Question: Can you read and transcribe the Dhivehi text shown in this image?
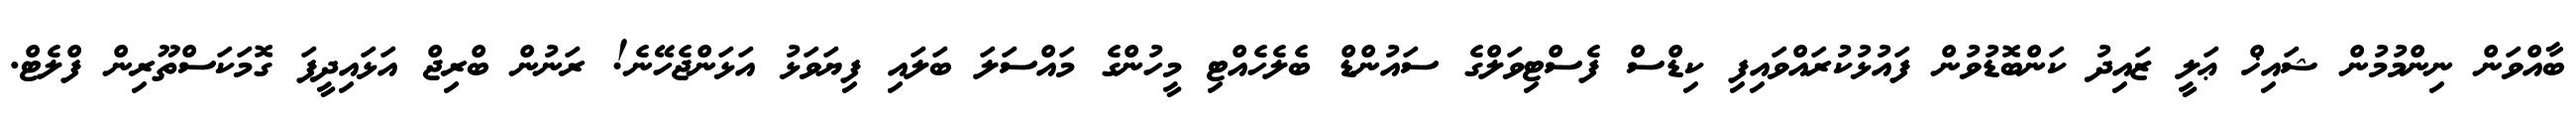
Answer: ބާއްވަން ނިންމުމުން ޝައިޚް ޢަލީ ޒައިދު ކަންބޮޑުވުން ފައުޅުކުރައްވައިފި ކިޑްސް ފެސްޓިވަލްގެ ސައުންޑް ބެލެހެއްޓި މީހުންގެ މައްސަލަ ބަލައި ފިޔަވަޅު އަޅަންޖެހޭނެ! ރަނުން ބްރިޖް އަޅައިދީފަ ގޮމަކަސްތޫރިން ފްލެޓް.